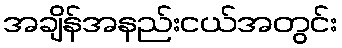
အချိန်အနည်းငယ်အတွင်း